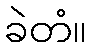
ခဲတံ။